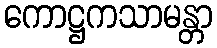
ကောဋ္ဌကသာမန္တာ